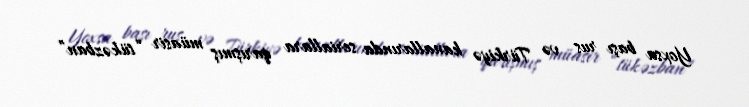
Yoxsa başı rus və Türkiyə kanallarında seriallara qarışmış müasir “tükəzban”